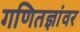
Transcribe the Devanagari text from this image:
गणितज्ञांवर